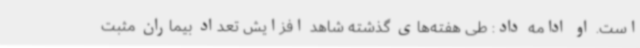
است. او ادامه داد: طی هفته‌های گذشته شاهد افزایش تعداد بیماران مثبت